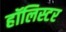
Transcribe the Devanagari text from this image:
हॉलिस्टर